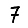
Digit: 7